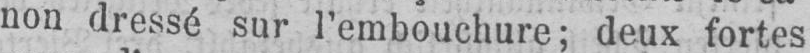
non dressé sur l’embouchure; deux fortes